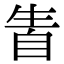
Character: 𤯣